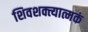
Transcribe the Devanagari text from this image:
शिवशक्त्यात्मकं